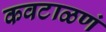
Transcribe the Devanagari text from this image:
कवटाळणं